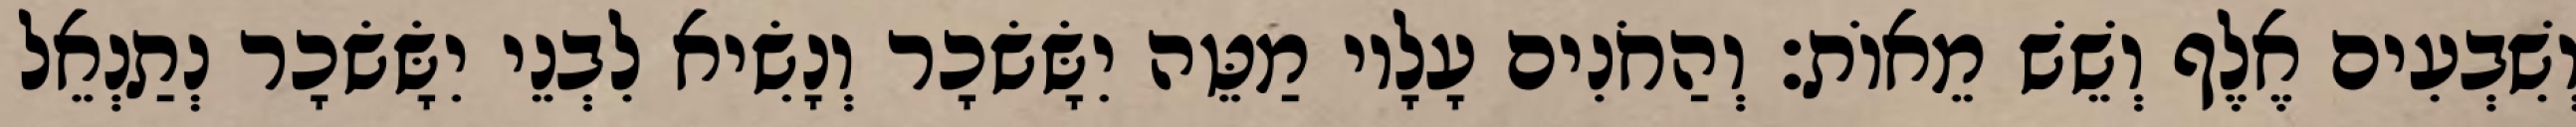
וְשִׁבְעִים אֶלֶף וְשֵׁשׁ מֵאוֹת׃ וְהַחֹנִים עָלָיו מַטֵּה יִשָּׂשׂכָר וְנָשִׂיא לִבְנֵי יִשָּׂשׂכָר נְתַנְאֵל